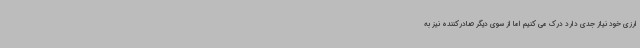
ارزی خود نیاز جدی دارد درک می کنیم اما از سوی دیگر صادرکننده نیز به